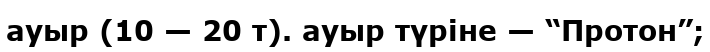
ауыр (10 — 20 т). ауыр түріне — “Протон”;